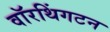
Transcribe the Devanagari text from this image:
वॉरथिंगटन